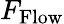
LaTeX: F_{\mathrm{Flow}}